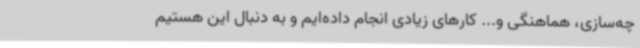
چه‌سازی، هماهنگی و... کارهای زیادی انجام داده‌ایم و به دنبال این هستیم